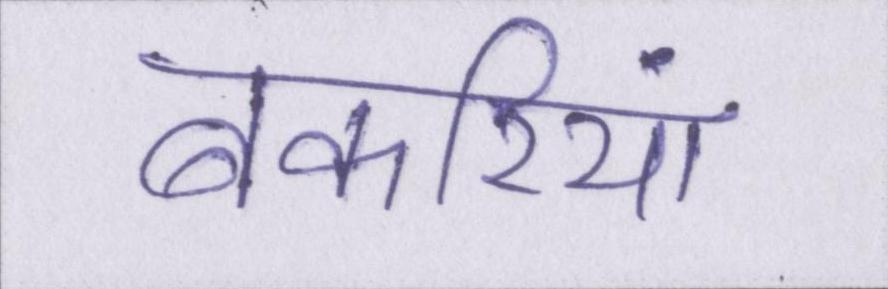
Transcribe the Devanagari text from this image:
बकरियां